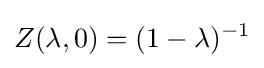
Z(\lambda ,0)=(1-\lambda )^{-1}